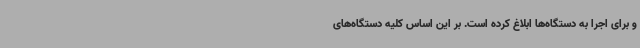
و برای اجرا به دستگاه‌ها ابلاغ کرده است. بر این اساس کلیه دستگاه‌های